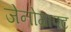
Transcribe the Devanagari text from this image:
जेनोग्राफ्ट